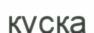
құсқа